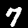
Label: 7